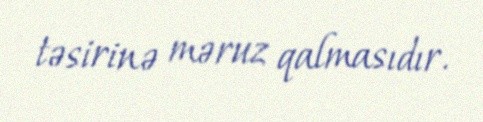
təsirinə məruz qalmasıdır.